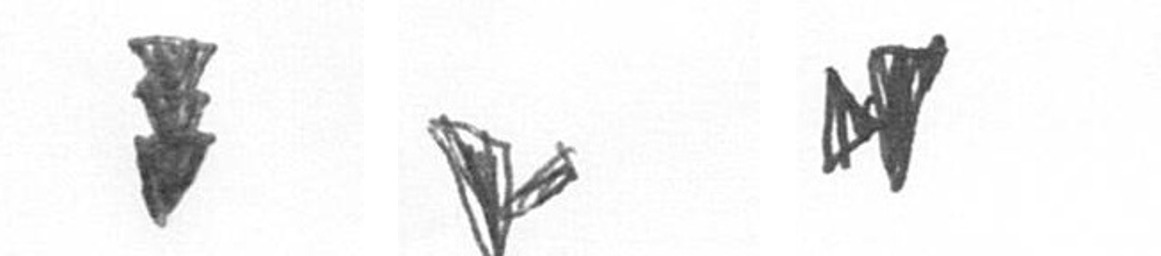
E F M